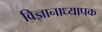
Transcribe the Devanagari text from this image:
विज्ञानाध्यापक